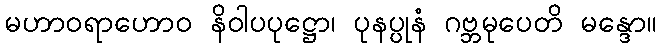
မဟာဝရာဟောဝ နိဝါပပုဋ္ဌော၊ ပုနပ္ပုနံ ဂဗ္ဘမုပေတိ မန္ဒော။